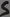
Text: S